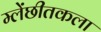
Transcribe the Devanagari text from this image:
म्लेंछीतकला